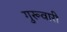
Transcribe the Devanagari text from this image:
गुरूवारी